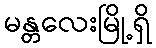
မန္တလေးမြို့ရှိ